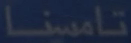
تامسنا